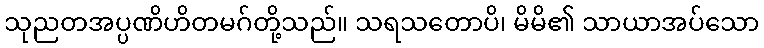
သုညတအပ္ပဏိဟိတမဂ်တို့သည်။ သရသတောပိ၊ မိမိ၏ သာယာအပ်သော